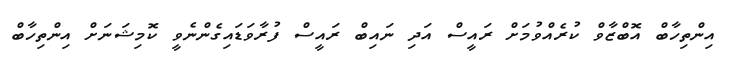
އިންތިހާބް އޮބްޒާވް ކުރެއްވުމަށް ރައީސް އަދި ނައިބް ރައީސް ފުރާވަޑައިގެންނެވީ ކޮމިޝަނަށް އިންތިހާބް